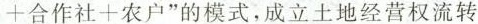
+合作社+农户”的模式，成立土地经营权流转